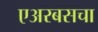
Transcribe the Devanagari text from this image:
एअरबसचा